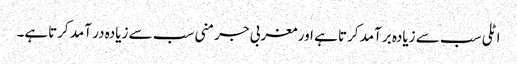
اٹلی سب سے زیادہ برآمد کرتا ہے اور مغربی جرمنی سب سے زیادہ در آمد کرتاہے۔